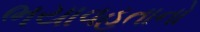
ભયાવહતાનો